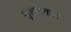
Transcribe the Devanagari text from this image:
सूक्ष्माकार